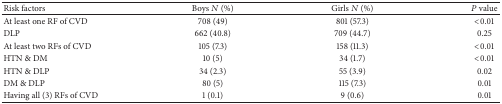
<table><thead><tr><td><b>Risk factors</b></td><td><b> Boys <i>N</i> (%)</b></td><td><b> Girls <i>N</i> (%)</b></td><td><b><i>P</i> value</b></td></tr></thead><tbody><tr><td>At least one RF of CVD</td><td>708 (49)</td><td>801 (57.3)</td><td>&lt;0.01</td></tr><tr><td>DLP</td><td>662 (40.8)</td><td>709 (44.7)</td><td>0.25</td></tr><tr><td>At least two RFs of CVD</td><td>105 (7.3)</td><td>158 (11.3)</td><td>&lt;0.01</td></tr><tr><td>HTN &amp; DM</td><td>10 (5)</td><td>34 (1.7)</td><td>&lt;0.01</td></tr><tr><td>HTN &amp; DLP</td><td>34 (2.3)</td><td>55 (3.9)</td><td>0.02</td></tr><tr><td>DM &amp; DLP</td><td>80 (5)</td><td>115 (7.3)</td><td>0.01</td></tr><tr><td>Having all (3) RFs of CVD</td><td>1 (0.1)</td><td>9 (0.6)</td><td>0.01</td></tr></tbody></table>